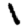
Digit: 1